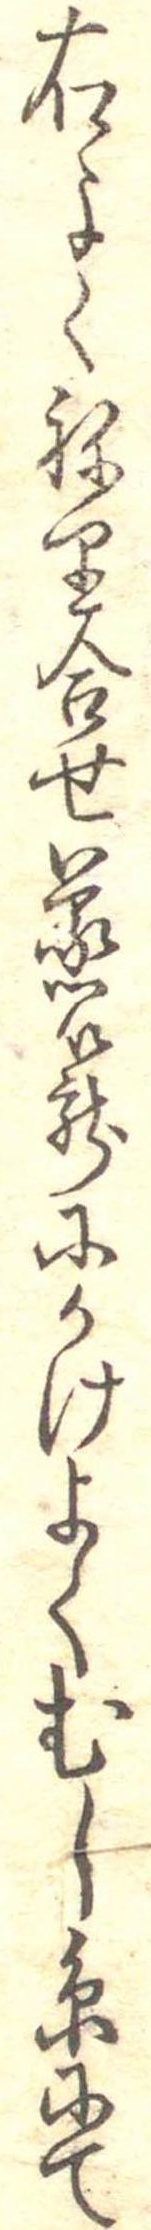
右よくねり合せ蒸篭にかけよくむし糸にて